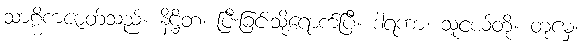
သာဠိကဇာတ်သည်။ နိဋ္ဌိတံ၊ ပြီးခြင်းသို့ရောက်ပြီ။ ဒါရကာ၊ သူငယ်တို့။ တုမှေ၊